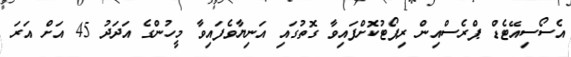
އެސޯސިއޭޓެޑް ޕްރެސްއިން ރިޕޯޓުކޮށްފައިވާ ގޮތުގައި އަނިޔާވެފައިވާ މީހުންގެ އަދަދު 45 އަށް އަރަ